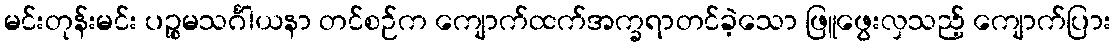
မင်းတုန်းမင်း ပဉ္စမသင်္ဂါယနာ တင်စဉ်က ကျောက်ထက်အက္ခရာတင်ခဲ့သော ဖြူဖွေးလှသည့် ကျောက်ပြား